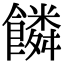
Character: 𩞻